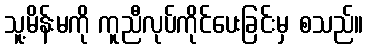
သူ့မိန်းမကို ကူညီလုပ်ကိုင်ပေးခြင်းမှ စသည်။